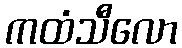
ကထံသီလော